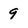
Character: 9